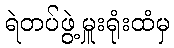
ရဲတပ်ဖွဲ့မှူးရုံးထံမှ